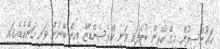
ކައުންސިލުން މީގެ ކުރިން ބުނެފައި ވަނީ ކްރެސެންޑާޒް އިން ބޭނުން ވަނީ ހަންކެޑެއިގައި